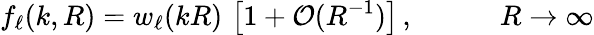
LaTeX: f_{\ell}(k,R)=w_{\ell}(kR)\, \left[1+\mathcal{O}(R^{-1})\right]\, ,\qquad\quad R\to\infty